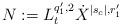
LaTeX: \begin{align*}N := L_t^{q_1',2}\dot X^{|s_c|,r_1'}\end{align*}